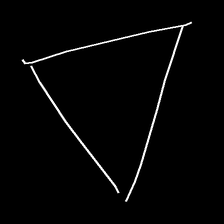
Glyph: convergence